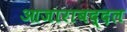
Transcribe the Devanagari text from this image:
आजाराबद्दल